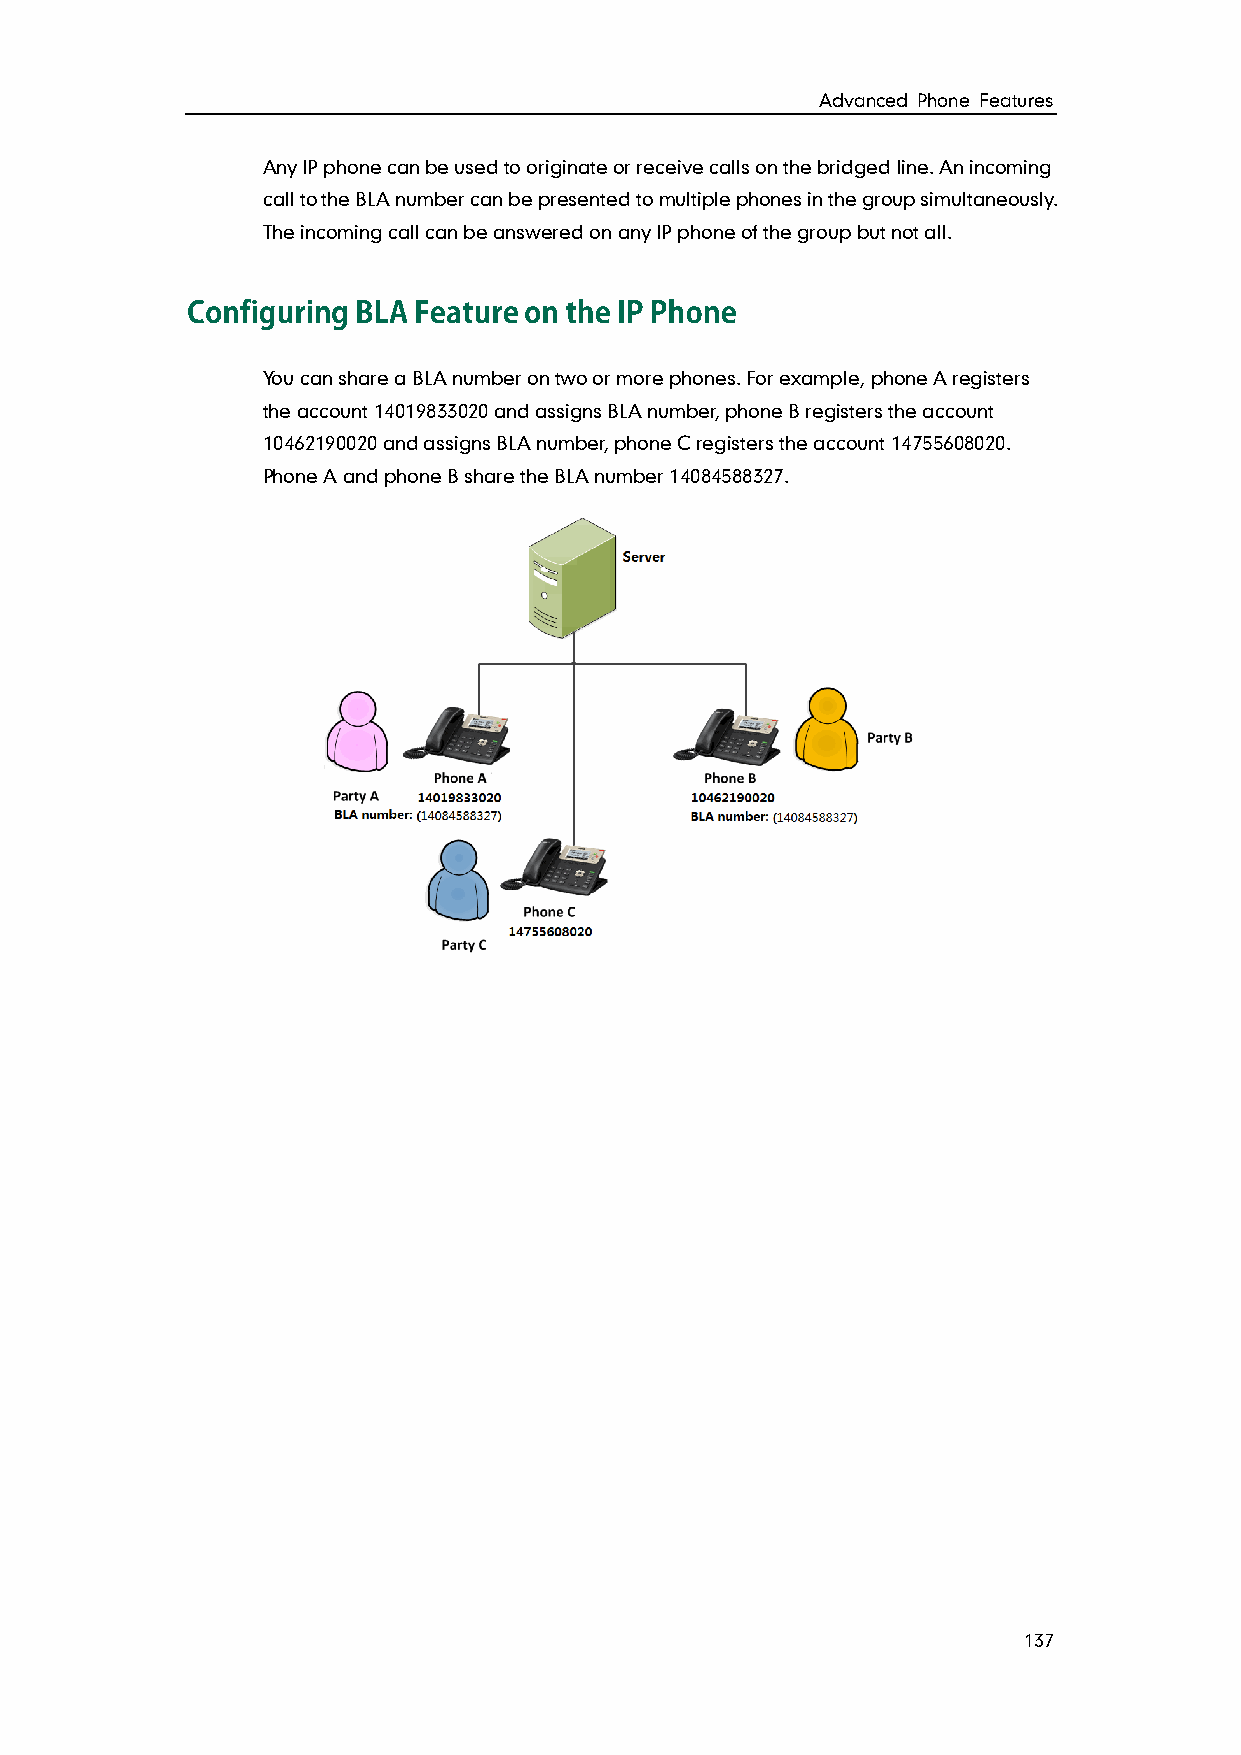
Advanced Phone Features
 Any IP phone can be used to originate or receive calls on the bridged line. An incoming
 call to the BLA number can be presented to multiple phones in the group simultaneously.
 The incoming call can be answered on any IP phone of the group but not all.
 You can share a BLA number on two or more phones. For example, phone A registers
 the account 14019833020 and assigns BLA number, phone B registers the account
 10462190020 and assigns BLA number, phone C registers the account 14755608020.
 Phone A and phone B share the BLA number 14084588327.
 137